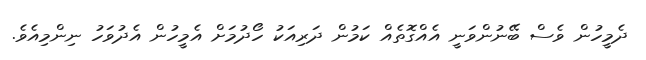
ދެމީހުން ވެސް ބޭނުންވަނީ އެއްގޮތެއް ކަމުން ދަރިއަކު ހޯދުމަށް އެމީހުން އެދުވަހު ނިންމިއެވެ.